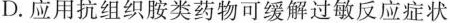
D.应用抗组织胺类药物可缓解过敏反应症状